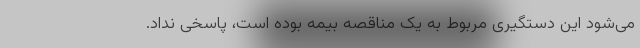
می‌شود این دستگیری مربوط به یک مناقصه بیمه بوده است، پاسخی نداد.